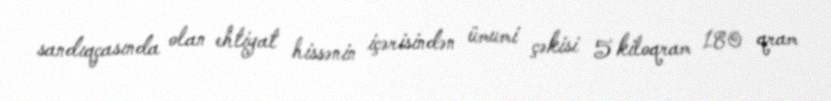
sandıqçasında olan ehtiyat hissənin içərisindən ümumi çəkisi 5 kiloqram 180 qram